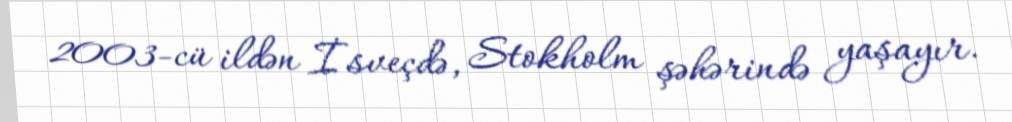
2003-cü ildən İsveçdə, Stokholm şəhərində yaşayır.